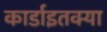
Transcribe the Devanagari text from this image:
कार्डाइतक्या